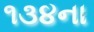
૧૩૪ના